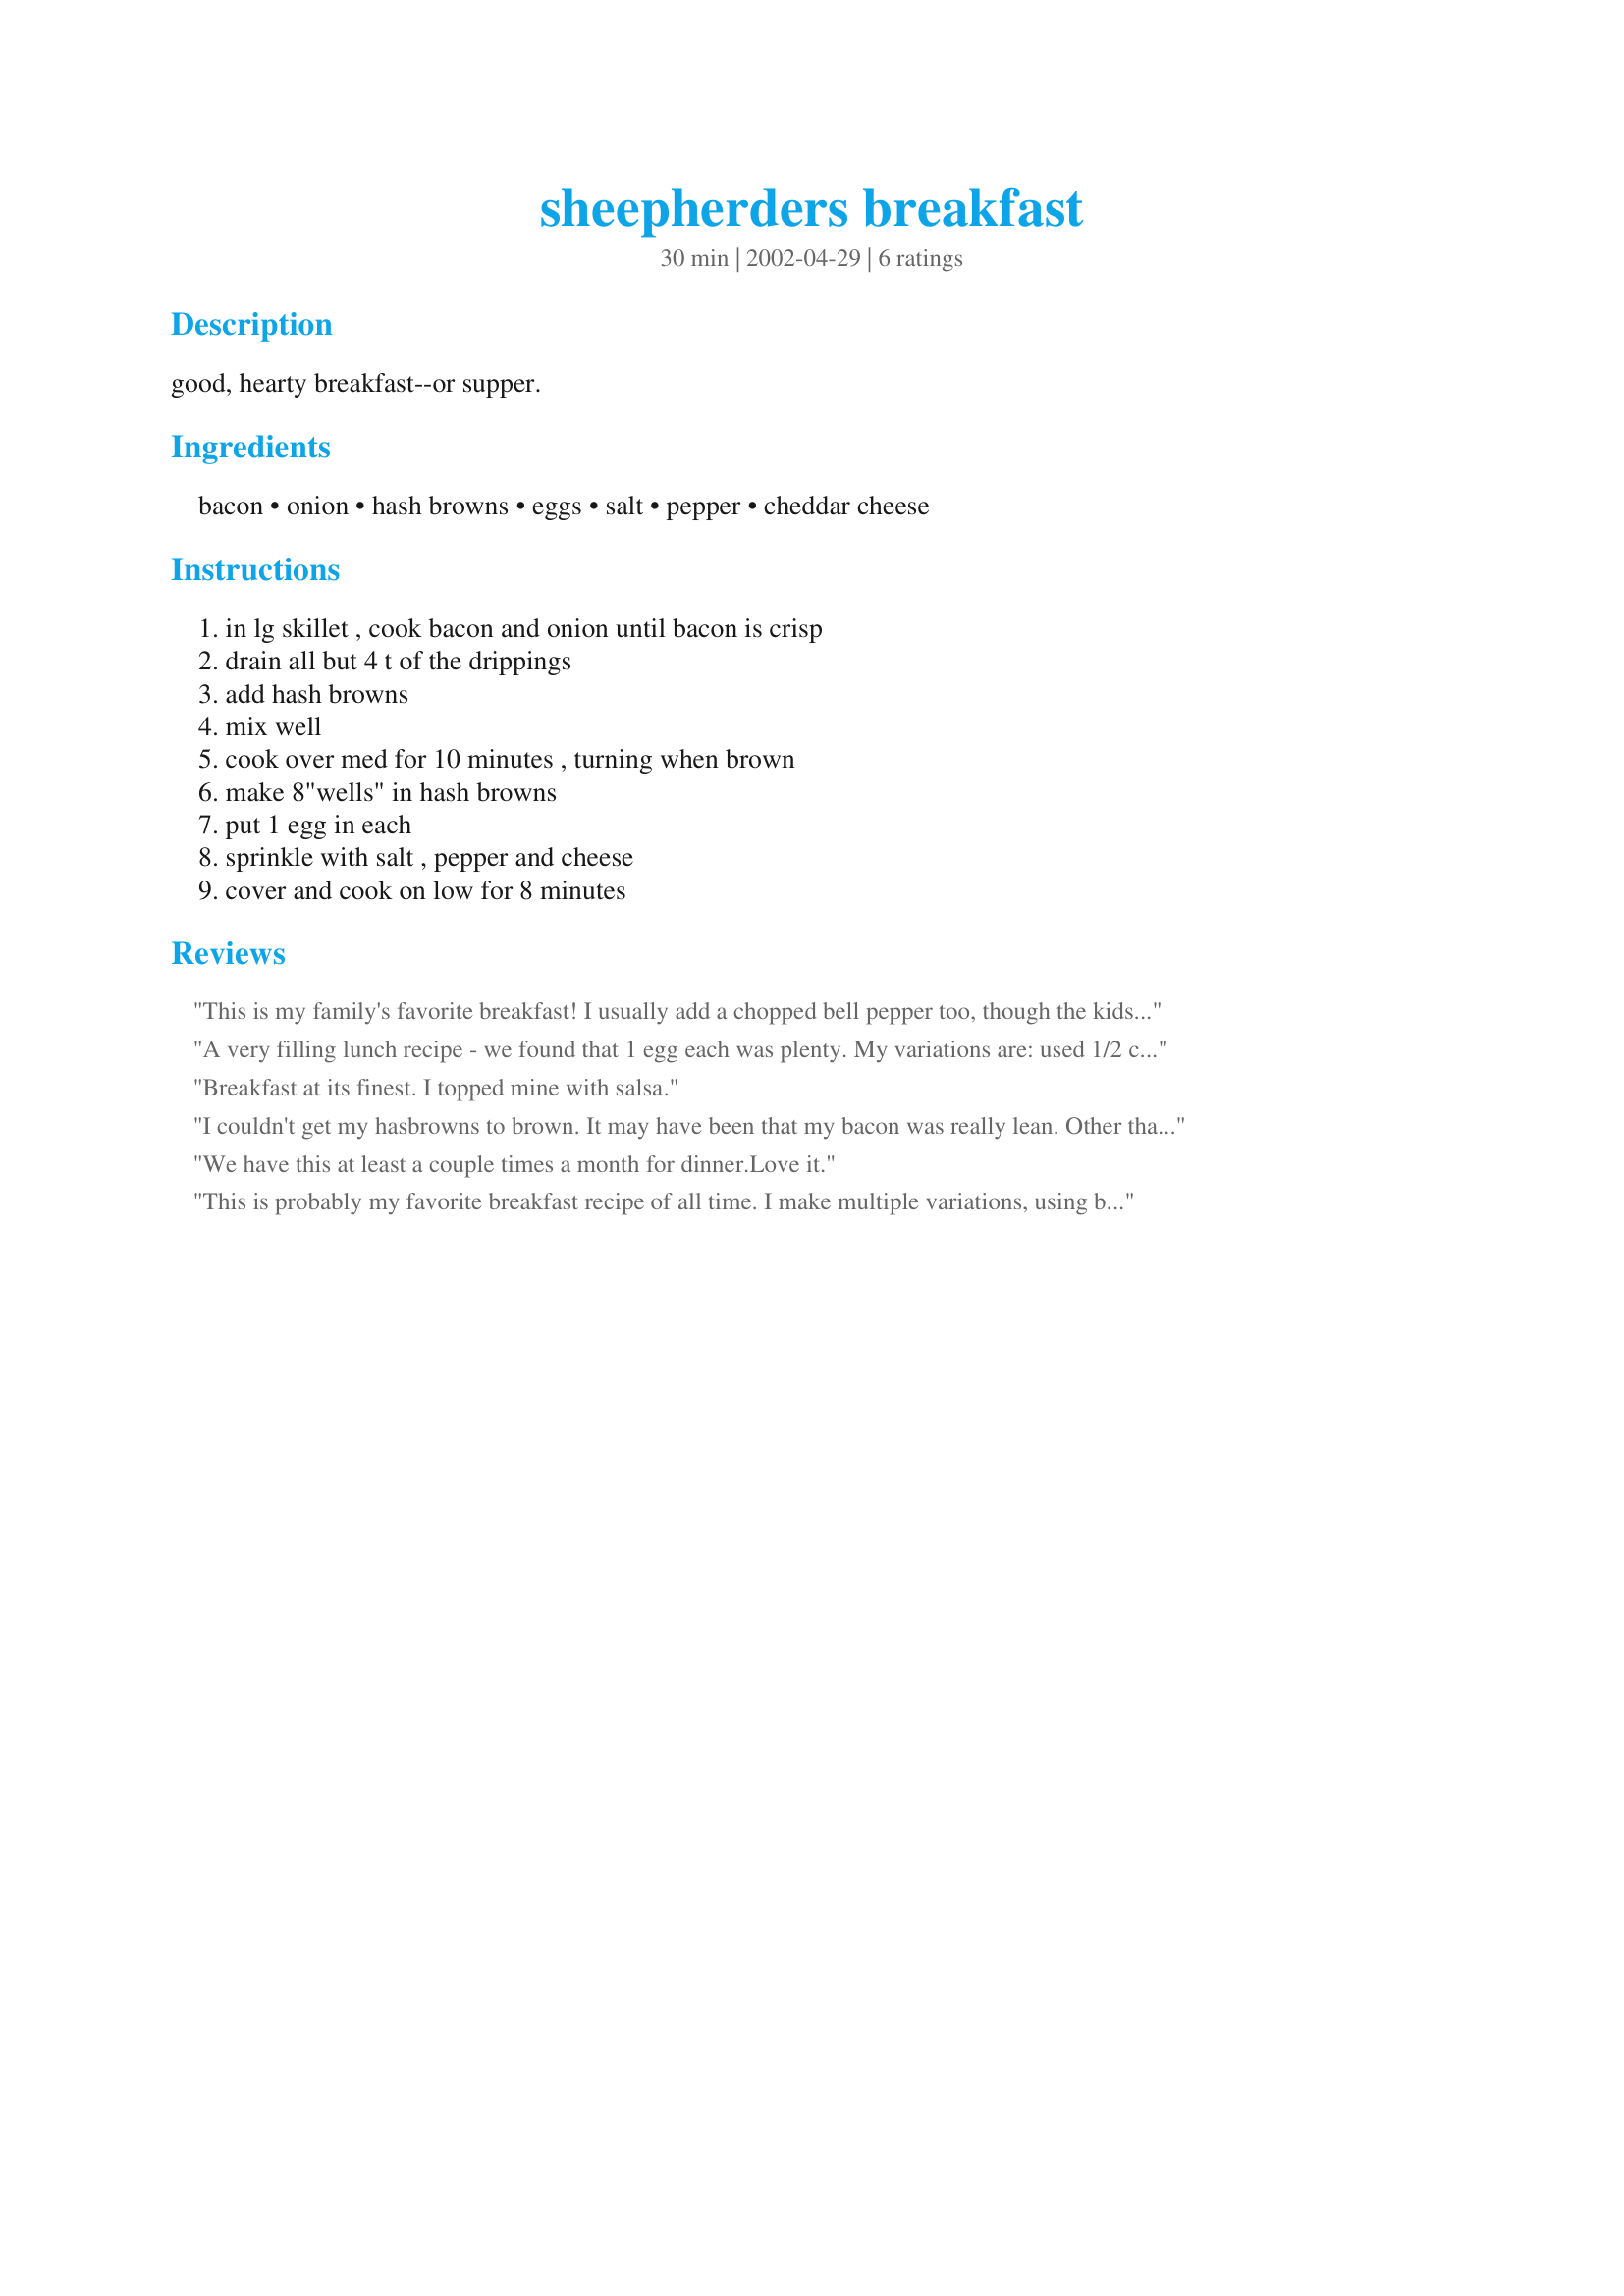
sheepherders breakfast
Preparation time: 30 minutes

good, hearty breakfast--or supper.

Ingredients:
bacon, onion, hash browns, eggs, salt, pepper, cheddar cheese

Steps:
in lg skillet , cook bacon and onion until bacon is crisp, drain all but 4 t of the drippings, add hash browns, mix well, cook over med for 10 minutes , turning when brown, make 8"wells" in hash browns, put 1 egg in each, sprinkle with salt , pepper and cheese, cover and cook on low for 8 minutes

Reviews:
This is my family's favorite breakfast! I usually add a chopped bell pepper too, though the kids usually pick it out. Lol, my boyfriend and I like the crunch of it though. Everyone gets their eggs done just how they like too :)
A very filling lunch recipe - we found that 1 egg each was plenty. My variations are: used 1/2 cup diced ham and 1 tbsp oil instead of bacon (added ham with the onions) and omitted the cheese. Still really yummy.

My modified version has become the "Most Favourite thing for Weekend Breakfast" in our family.
Breakfast at its finest. I topped mine with salsa.
I couldn't get my hasbrowns to brown. It may have been that my bacon was really lean. Other than that my family like it.
We have this at least a couple times a month for dinner.Love it.
This is probably my favorite breakfast recipe of all time.

I make multiple variations, using bell peppers, jalapeÃ±os, diced potatoes, or whatever else I have on hand. Adding some chopped garlic on top for the last 8 minutes while covered is great too!

I also tend to use some additional spices, especially smoked spanish paprika.
